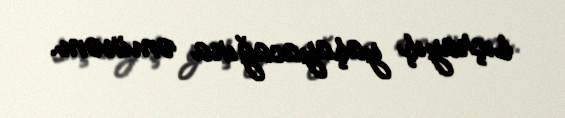
sıçrayış yaşayacağına əminəm.